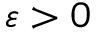
\varepsilon > 0